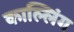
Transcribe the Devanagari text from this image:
काल्लिंग